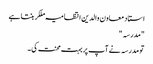
استاد معاون والدین انتظامیہ ملکر بنتا ہے
"مدرسہ "
تو مدرسہ نے آپ پر بہت محنت کی ۔